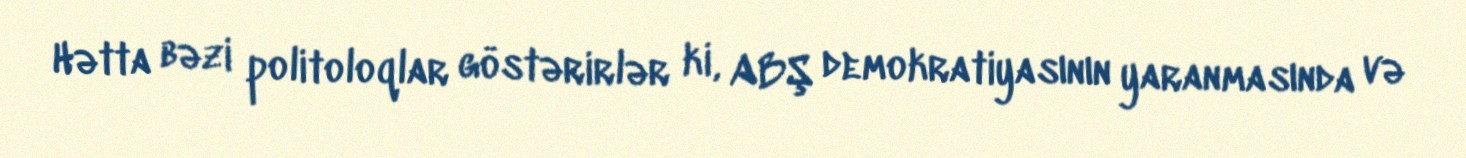
Hətta bəzi politoloqlar göstərirlər ki, ABŞ demokratiyasının yaranmasında və